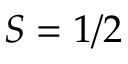
S = 1 / 2